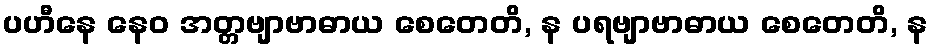
ပဟီနေ နေဝ အတ္တဗျာဗာဓာယ စေတေတိ, န ပရဗျာဗာဓာယ စေတေတိ, န